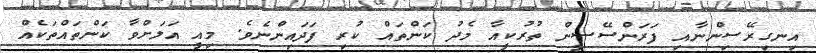
އިނގިރޭސިންނާއި ފަރަންސޭސީން ތުރުކީއާ މެދު ކަންތައް ކުރި ފަދައިންނެވެ. މިއީ އަލަށްވާ ކަންތައްތަކެއް